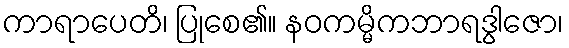
ကာရာပေတိ၊ ပြုစေ၏။ နဝကမ္မိကဘာရဒွါဇော၊